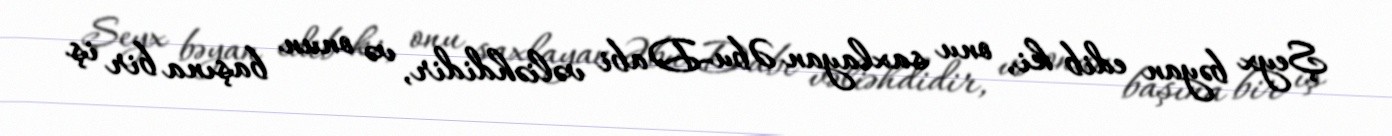
Şeyx bəyan edib ki, onu saxlayan Əbu-Dabi vəliəhdidir, və onun başına bir iş